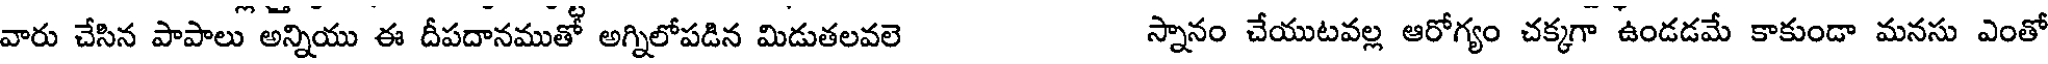
వారు చేసిన పాపాలు అన్నియు ఈ దీపదానముతో అగ్నిలోపడిన మిడుతలవలె స్నానం చేయుటవల్ల ఆరోగ్యం చక్కగా ఉండడమే కాకుండా మనసు ఎంతో